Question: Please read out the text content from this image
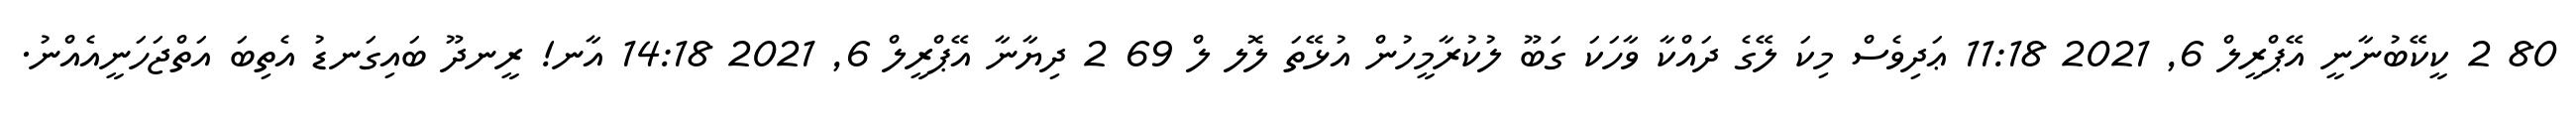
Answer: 80 2 ކީކޭބުނާނީ އޭޕްރީލް 6, 2021 11:18 ޢަދިވެސް މިކަ ލޭގެ ދައްކާ ވާހަކަ ގަބޫ ލުކުރާމީހުން އުޅޭތަ ލޮލ ލް 69 2 ދިޔާނާ އޭޕްރީލް 6, 2021 14:18 އާނ! ރީނދޫ ބައިގަނޑު އެތިބަ އަތްޖަހަނީއެއްނު.